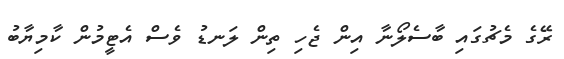
ރޭގެ މެޗުގައި ބާސެލޯނާ އިން ޖެހި ތިން ލަނޑު ވެސް އެޓީމުން ކާމިޔާބު